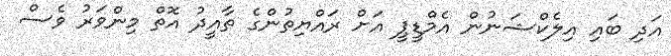
އަދި ބައި އިލެކްޝަނުން އެމްޑީޕީ އަށް ރައްޔިތުންގެ ތާއީދު އޮތް މިންވަރު ވެސް